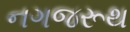
નગજરૂથ